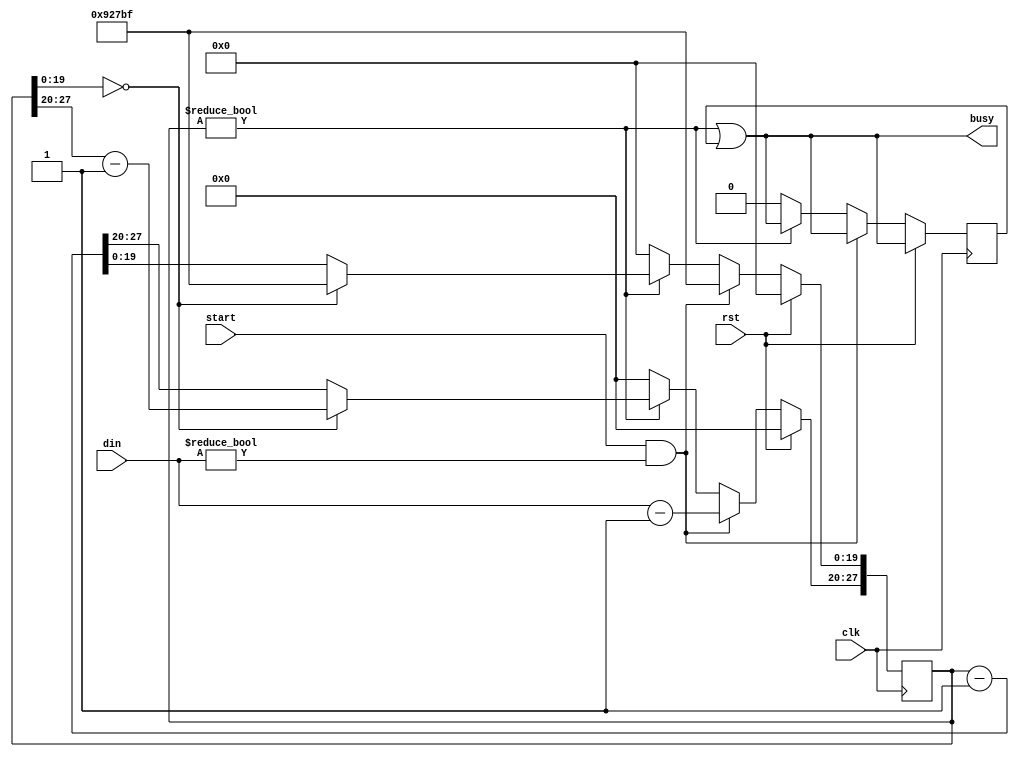
// This program was cloned from: https://github.com/adumont/hrm-cpu
// License: GNU General Public License v3.0

`default_nettype none

module WAIT (
	// input signals
	input  wire [7:0] din,
	input  wire       start,
	// output signals
	output wire       busy,
	// generic signals
	input wire        clk,
	input wire        rst
);

`ifndef SYNTHESIS
   parameter
   MAXC = 3'd 5, // FSM will keep busy=1 for MAXC clocks
   high_w = 8,
   low_w  = 3,
   cnt_w = high_w + low_w;
`else
   parameter
   MAXC = 20'd 600_000, // 50ms @ 12MHz = 1/20 s
   high_w = 8,
   low_w  = 20,
   cnt_w = high_w + low_w;
`endif

   // internal register
   reg [cnt_w-1:0] counter = 0;
   reg b = 0;

   always @( posedge clk )
   begin
      b <= busy;      
      if ( rst  ) counter <= {cnt_w{1'b0}};
      else if ( start && din != 0 ) counter <= { din-{{high_w-1{1'b0}},1'b1}, MAXC-{{low_w-1{1'b0}},1'b1} };
      else if ( counter != 0 ) 
         if ( counter[low_w-1:0] == 0 ) begin
            counter[low_w-1:0] <= MAXC-{{low_w-1{1'b0}},1'b1};
            counter[cnt_w-1:low_w] <= counter[cnt_w-1:low_w] - 1;
         end else counter <= counter - 1;
      else begin
         counter <= {cnt_w{1'b0}};
         b<=0;
      end
   end

   wire [low_w-1:0] low  = counter[low_w-1:0];
   wire [7:0]       high = counter[cnt_w-1:low_w];

   assign busy = ( counter != 0 ) | b ;

`ifdef FORMAL

   reg	f_past_valid;
   initial	f_past_valid = 1'b0;
   always @(posedge clk)
   f_past_valid <= 1'b1;

  end

`endif

endmodule